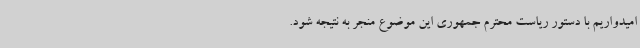
امیدواریم با دستور ریاست محترم جمهوری این موضوع منجر به نتیجه شود.